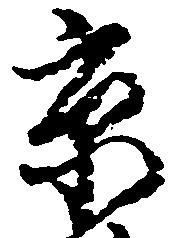
京